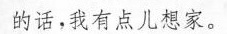
的话，我有点想家。